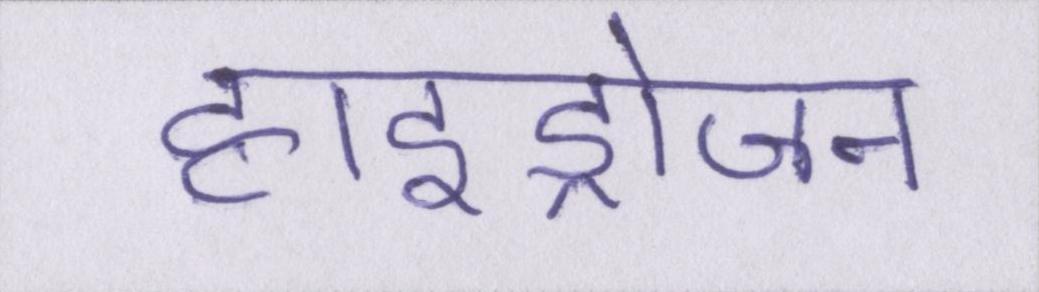
हाइड्रोजन